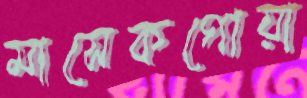
মাসেকগোয়া